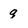
Character: g